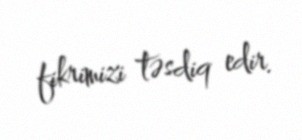
fikrimizi təsdiq edir.